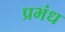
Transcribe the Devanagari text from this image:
प्रभंध